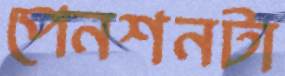
পেনশনটা